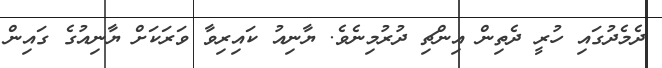
ދެމެދުގައި ހުރީ ދެތިން އިންޗި ދުރުމިނެވެ. ޔާނިއު ކައިރިވާ ވަރަކަށް ޔާނިއުގެ ގައިން